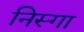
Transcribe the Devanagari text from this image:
निस्गा